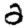
Digit: 2